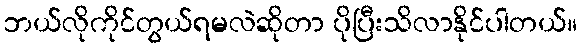
ဘယ်လိုကိုင်တွယ်ရမလဲဆိုတာ ပိုပြီးသိလာနိုင်ပါတယ်။